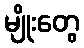
မျိုးတွေ